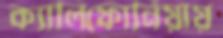
ক্যালিফোর্নিয়ায়